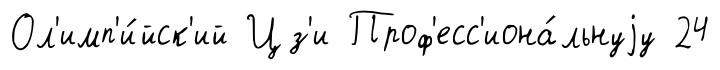
Ол'имп'и́йск'ий Цз'и Проф'есс'иона́льнуjу 24